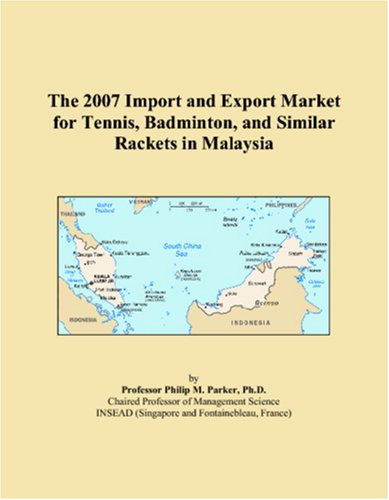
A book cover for The 2007 Import and Export Market for Tennis, Badminton, and Similar Rackets in Malaysia; Philip M. Parker; Sports & Outdoors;